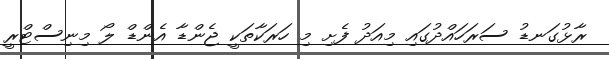
ރާޅުގަނޑު ސަރަހައްދުގައި މިއަދު ފެށި މި ހަރަކާތަކީ ޖެންޑާ އެންޑް ލޯ މިނިސްޓްރީ